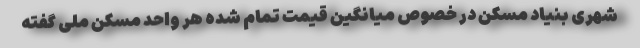
شهری بنیاد مسکن در خصوص میانگین قیمت تمام شده هر واحد مسکن ملی گفته